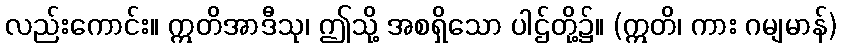
လည်းကောင်း။ ဣတိအာဒီသု၊ ဤသို့ အစရှိသော ပါဌ်တို့၌။ (ဣတိ၊ ကား ဂမျမာန်)